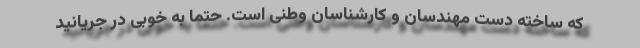
که ساخته دست مهندسان و کارشناسان وطنی است. حتما به خوبی در جریانید